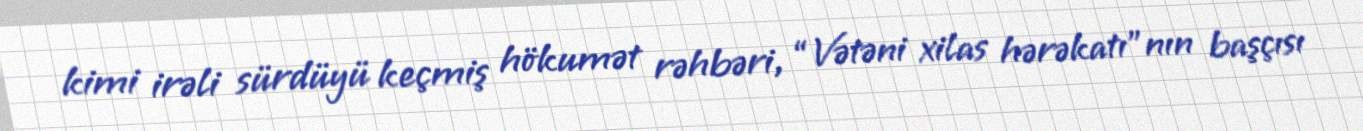
kimi irəli sürdüyü keçmiş hökumət rəhbəri, “Vətəni xilas hərəkatı”nın başçısı